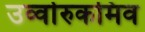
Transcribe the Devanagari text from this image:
उर्व्वारुकमिव